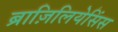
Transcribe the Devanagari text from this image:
ब्राज़िलियेसिंस